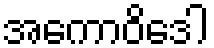
အကောဝိဒေါ